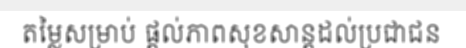
តម្លៃសម្រាប់ ផ្តល់ភាពសុខសាន្តដល់ប្រជាជន